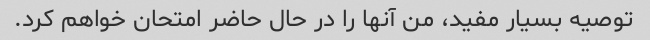
توصیه بسیار مفید، من آنها را در حال حاضر امتحان خواهم کرد.